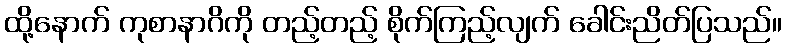
ထို့နောက် ကုစာနာဂိကို တည့်တည့် စိုက်ကြည့်လျက် ခေါင်းညိတ်ပြသည်။